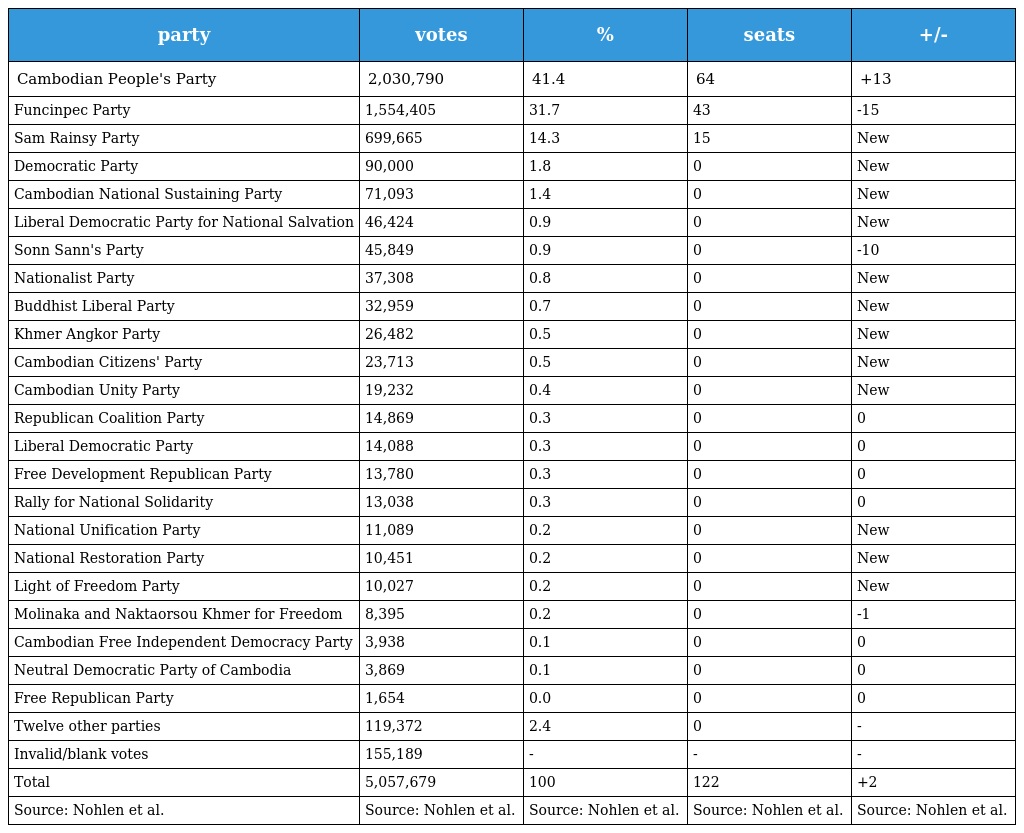
| party | votes | % | seats | +/- |
 | --- | --- | --- | --- | --- |
 | Cambodian People's Party | 2,030,790 | 41.4 | 64 | +13 |
 | Funcinpec Party | 1,554,405 | 31.7 | 43 | -15 |
 | Sam Rainsy Party | 699,665 | 14.3 | 15 | New |
 | Democratic Party | 90,000 | 1.8 | 0 | New |
 | Cambodian National Sustaining Party | 71,093 | 1.4 | 0 | New |
 | Liberal Democratic Party for National Salvation | 46,424 | 0.9 | 0 | New |
 | Sonn Sann's Party | 45,849 | 0.9 | 0 | -10 |
 | Nationalist Party | 37,308 | 0.8 | 0 | New |
 | Buddhist Liberal Party | 32,959 | 0.7 | 0 | New |
 | Khmer Angkor Party | 26,482 | 0.5 | 0 | New |
 | Cambodian Citizens' Party | 23,713 | 0.5 | 0 | New |
 | Cambodian Unity Party | 19,232 | 0.4 | 0 | New |
 | Republican Coalition Party | 14,869 | 0.3 | 0 | 0 |
 | Liberal Democratic Party | 14,088 | 0.3 | 0 | 0 |
 | Free Development Republican Party | 13,780 | 0.3 | 0 | 0 |
 | Rally for National Solidarity | 13,038 | 0.3 | 0 | 0 |
 | National Unification Party | 11,089 | 0.2 | 0 | New |
 | National Restoration Party | 10,451 | 0.2 | 0 | New |
 | Light of Freedom Party | 10,027 | 0.2 | 0 | New |
 | Molinaka and Naktaorsou Khmer for Freedom | 8,395 | 0.2 | 0 | -1 |
 | Cambodian Free Independent Democracy Party | 3,938 | 0.1 | 0 | 0 |
 | Neutral Democratic Party of Cambodia | 3,869 | 0.1 | 0 | 0 |
 | Free Republican Party | 1,654 | 0.0 | 0 | 0 |
 | Twelve other parties | 119,372 | 2.4 | 0 | - |
 | Invalid/blank votes | 155,189 | - | - | - |
 | Total | 5,057,679 | 100 | 122 | +2 |
 | Source: Nohlen et al. | Source: Nohlen et al. | Source: Nohlen et al. | Source: Nohlen et al. | Source: Nohlen et al. |